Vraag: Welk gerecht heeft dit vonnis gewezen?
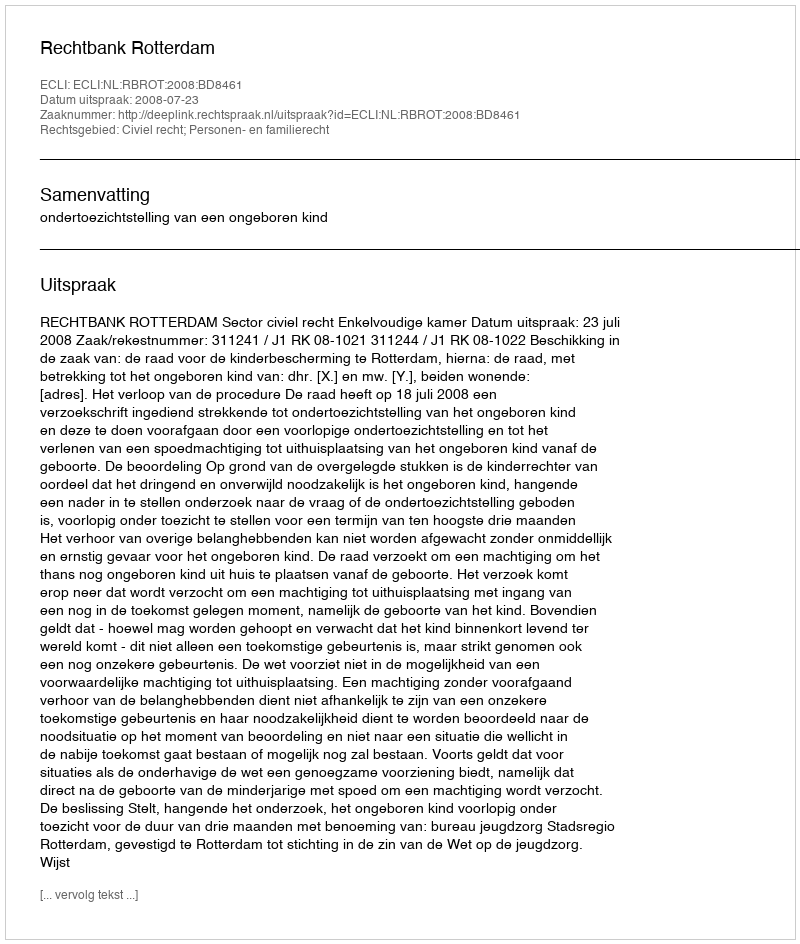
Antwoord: Rechtbank Rotterdam